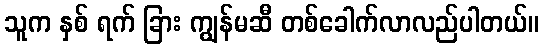
သူက နှစ် ရက် ခြား ကျွန်မဆီ တစ်ခေါက်လာလည်ပါတယ်။